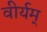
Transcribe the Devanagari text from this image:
वीर्यम्